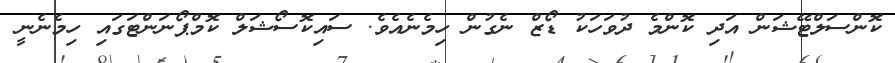
ކޮންސަލްޓޭޝަން އަދި ކޮންމެ ދުވަހަކު ޑޯޒް ނެގުން ހިމެނެއެވެ. ސައިކޮސޯޝަލް ކޮމްޕޯނަންޓަގައި ހިމެނެނީ